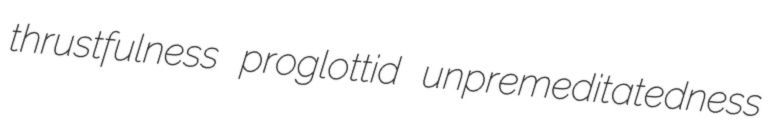
thrustfulness proglottid unpremeditatedness